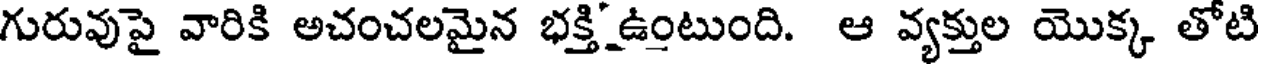
గురువుపై వారికి అచంచలమైన భక్తి ఉంటుంది. ఆ వ్యక్తుల యొక్క తోటి